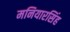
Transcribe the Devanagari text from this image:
मनियारसिंह